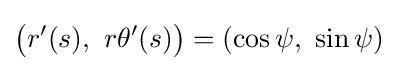
{\big (}r'(s),\ r\theta '(s){\big )}=(\cos \psi ,\ \sin \psi )